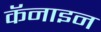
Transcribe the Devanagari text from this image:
कॅनाइन